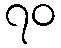
၇၀